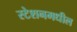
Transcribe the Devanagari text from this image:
स्टेशनमधील